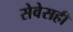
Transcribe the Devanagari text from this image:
सेवेसही